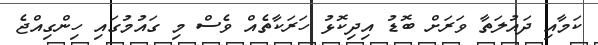
ކަމާއި ދައުލަތާ ވަރަށް ބޮޑު އިދިކޮޅު ހަރަކާތެއް ވެސް މި ގައުމުގައި ހިންގިއްޖެ